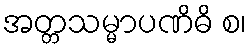
အတ္တသမ္မာပဏိဓိ စ၊